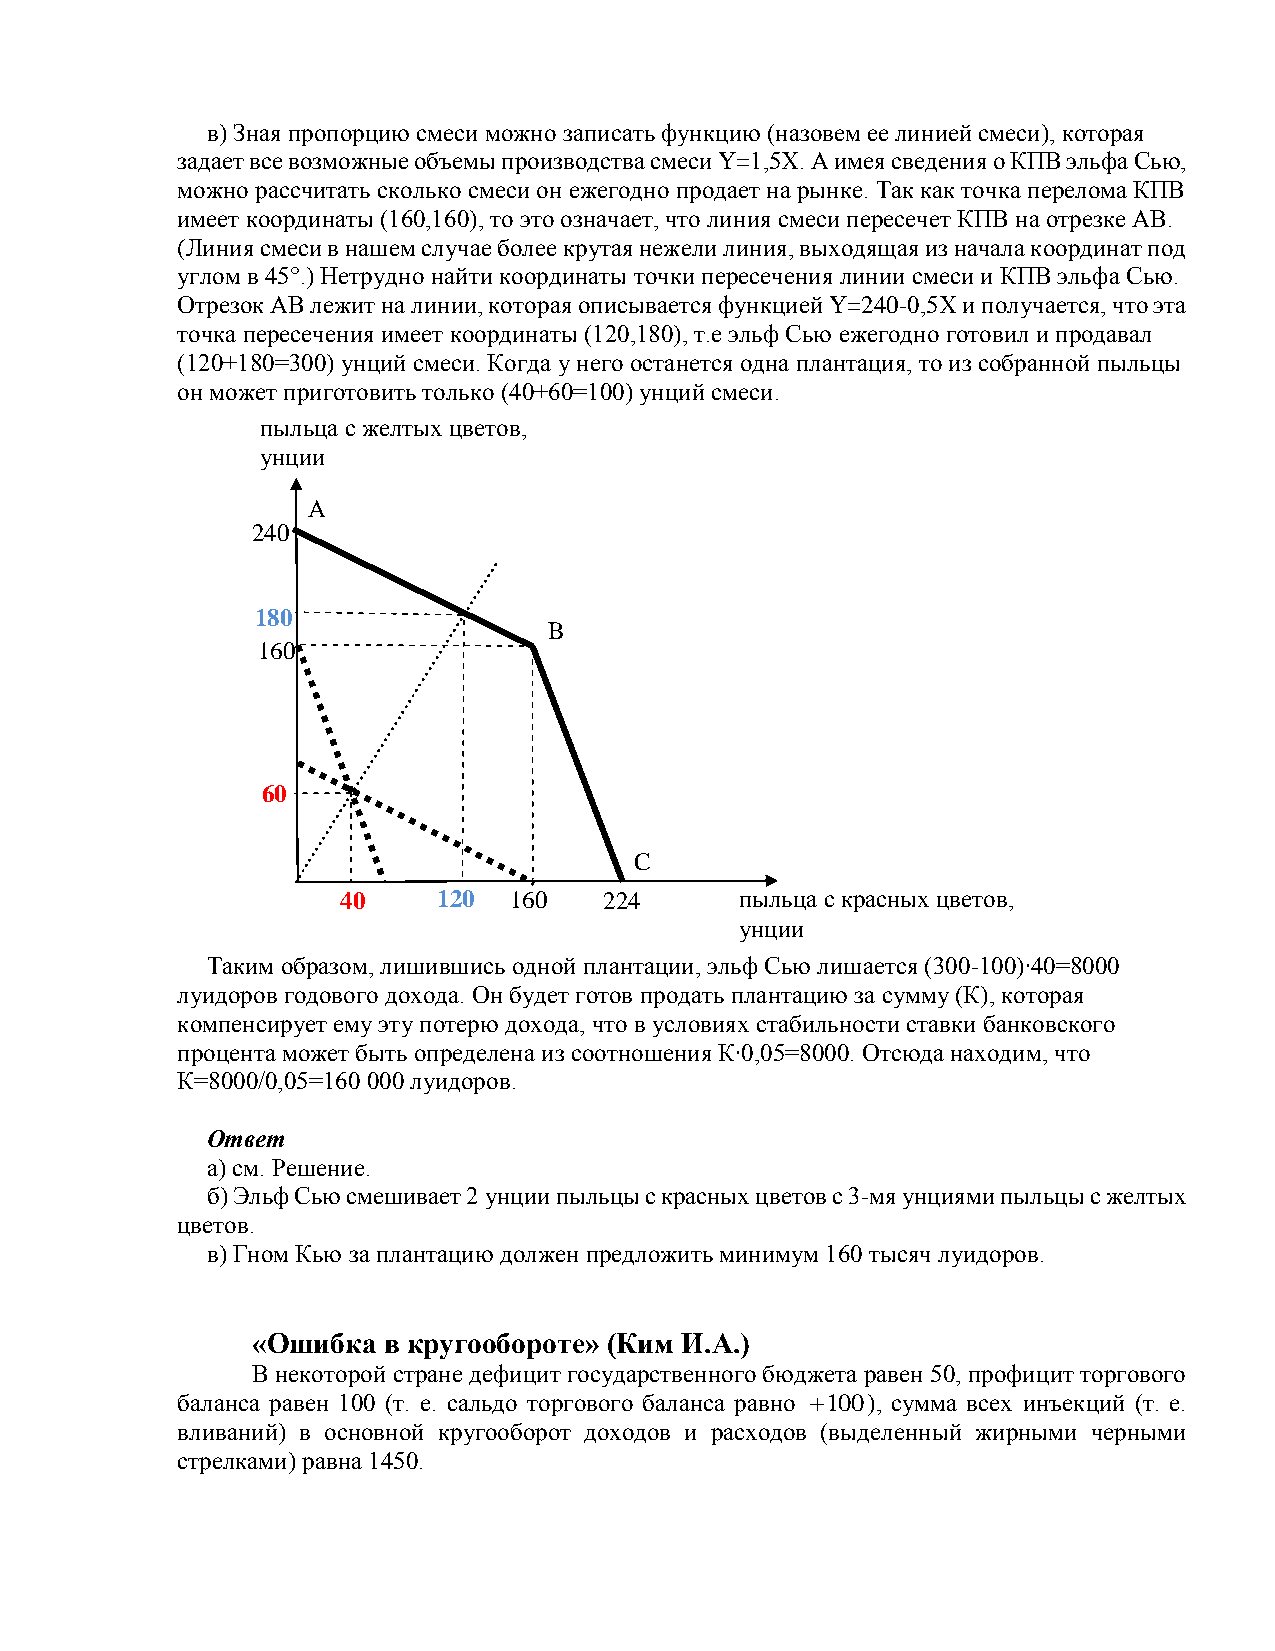
в) Зная пропорцию смеси можно записать функцию (назовем ее линией смеси), которая
 задает все возможные объемы производства смеси Y=1,5Х. А имея сведения о КПВ эльфа Сью,
 можно рассчитать сколько смеси он ежегодно продает на рынке. Так как точка перелома КПВ
 имеет координаты (160,160), то это означает, что линия смеси пересечет КПВ на отрезке АВ.
 (Линия смеси в нашем случае более крутая нежели линия, выходящая из начала координат под
 углом в 45°.) Нетрудно найти координаты точки пересечения линии смеси и КПВ эльфа Сью.
 Отрезок АВ лежит на линии, которая описывается функцией Y=240-0,5Х и получается, что эта
 точка пересечения имеет координаты (120,180), т.е эльф Сью ежегодно готовил и продавал
 (120+180=300) унций смеси. Когда у него останется одна плантация, то из собранной пыльцы
 он может приготовить только (40+60=100) унций смеси.
 пыльца с желтых цветов,
 унции
 А
 240
 180
 B
 160
 60
 C
 40    120  160   224      пыльца с красных цветов,
 унции
 Таким образом, лишившись одной плантации, эльф Сью лишается (300-100)∙40=8000
 луидоров годового дохода. Он будет готов продать плантацию за сумму (К), которая
 компенсирует ему эту потерю дохода, что в условиях стабильности ставки банковского
 процента может быть определена из соотношения К∙0,05=8000. Отсюда находим, что
 К=8000/0,05=160 000 луидоров.
 Ответ
 а) см. Решение.
 б) Эльф Сью смешивает 2 унции пыльцы с красных цветов с 3-мя унциями пыльцы с желтых
 цветов.
 в) Гном Кью за плантацию должен предложить минимум 160 тысяч луидоров.
 «Ошибка в кругообороте» (Ким И.А.)
 В некоторой стране дефицит государственного бюджета равен 50, профицит торгового
 баланса равен 100 (т. е. сальдо торгового баланса равно 100), сумма всех инъекций (т. е.
 вливаний) в основной кругооборот доходов и расходов (выделенный жирными черными
 стрелками) равна 1450.